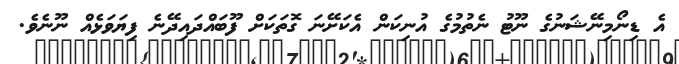
އެ ޑިނޯމިނޭޝަނުގެ ނޫޓު ނެތުމުގެ އުނިކަން އެކަށޭނަ ގޮތަކަށް ފޫބައްދައިދޭނެ ފިޔަވަޅެއް ނޫނެވެ.